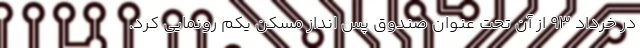
در خرداد ۹۳ از آن تحت عنوان صندوق پس انداز مسکن یکم رونمایی کرد.